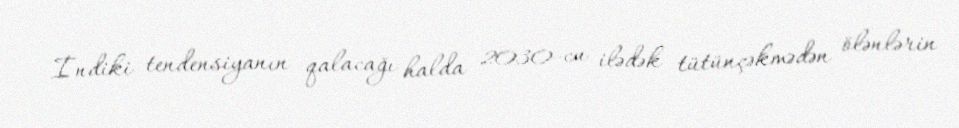
İndiki tendensiyanın qalacağı halda 2030-cu ilədək tütünçəkmədən ölənlərin